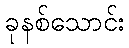
ခုနစ်သောင်း